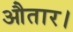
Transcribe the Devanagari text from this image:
औतार।